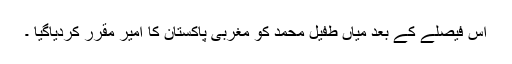
اس فیصلے کے بعد میاں طفیل محمد کو مغربی پاکستان کا امیر مقرر کردیاگیا ۔